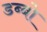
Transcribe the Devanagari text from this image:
डब्बो